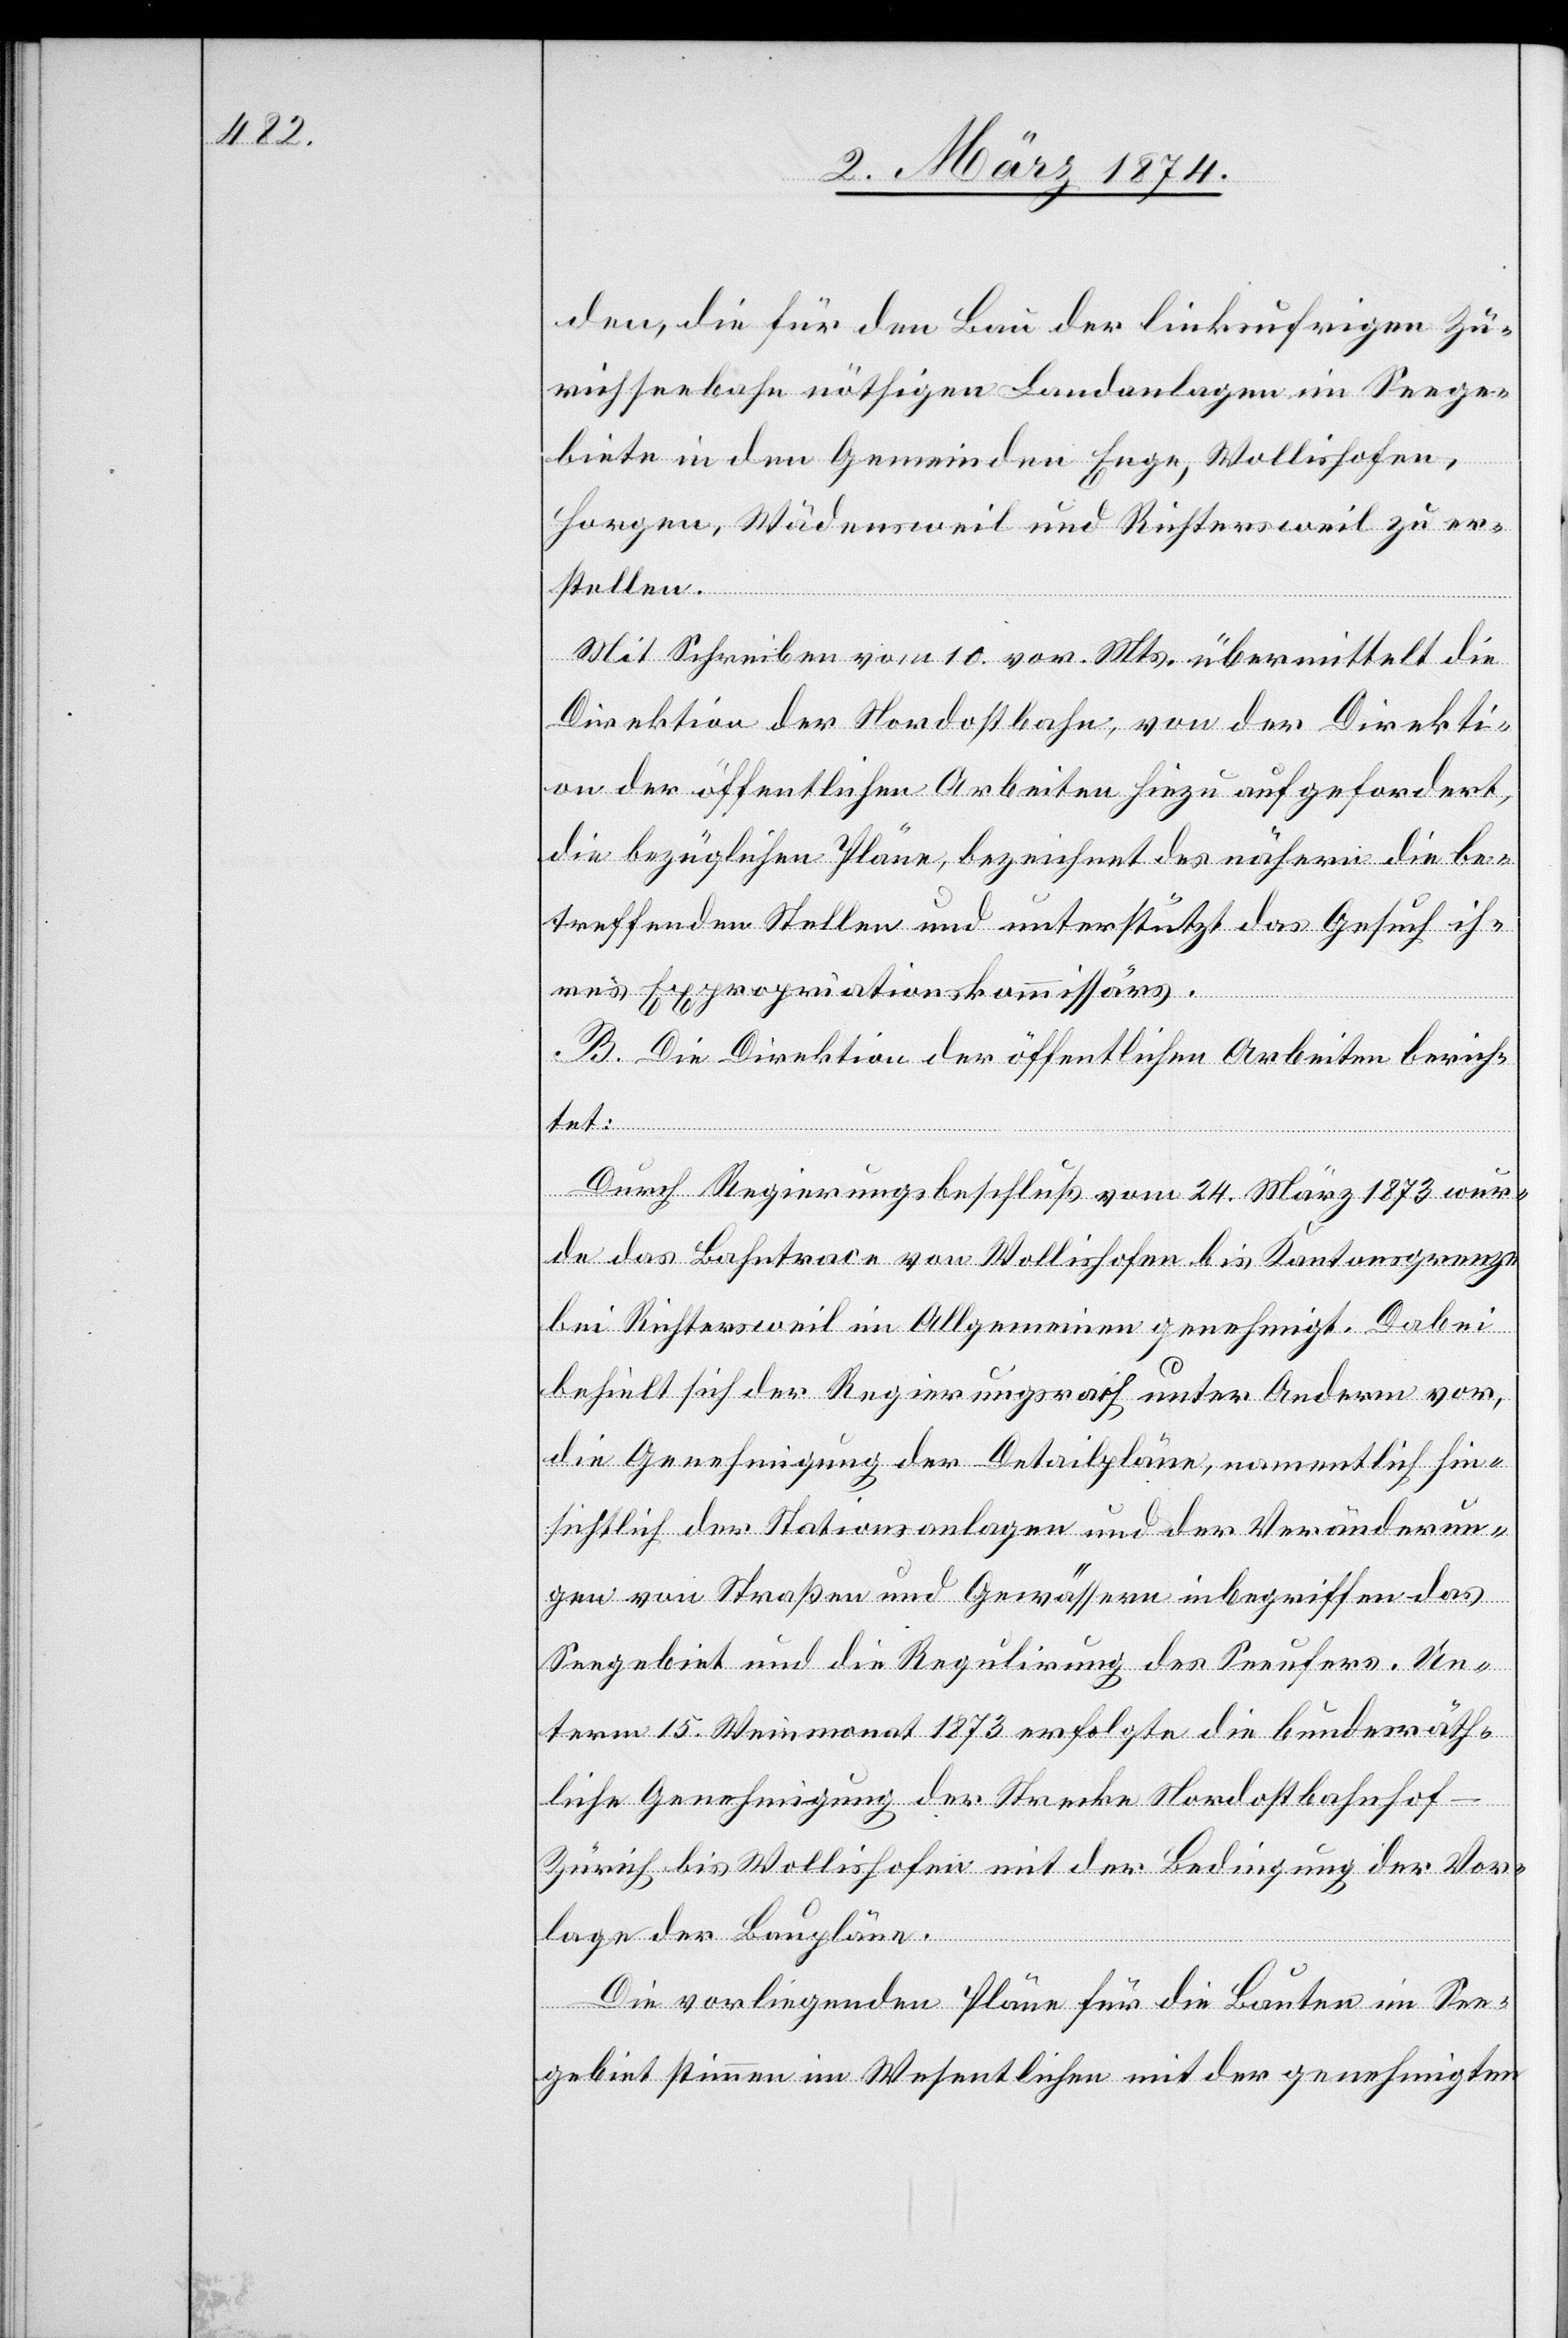
den, die für den Bau der linksufrigen Zü¬
richseebahn nöthigen Landanlagen im Seege¬
biete in den Gemeinden Enge, Wollishofen,
Horgen, Wädensweil und Richtersweil zu er¬
stellen.
Mit Schreiben vom 10. vor. Mts. übermittelt die
Direktion der Nordostbahn, von der Direkti¬
on der öffentlichen Arbeiten hiezu aufgefordert,
die bezüglichen Pläne, bezeichnet des nähern die be¬
treffenden Stellen und unterstützt das Gesuch ih¬
res Expropriationskommissärs.
B. Die Direktion der öffentlichen Arbeiten berich¬
tet:
Durch Regierungsbeschluß vom 24. März 1873 wur¬
de das Bahntrace von Wollishofen bis Kantonsgrenze
bei Richtersweil im Allgemeinen genehmigt. Dabei
behielt sich der Regierungsrath unter Anderm vor,
die Genehmigung der Detailpläne, namentlich hin¬
sichtlich der Stationsanlagen und der Veränderun¬
gen von Straßen und Gewässern inbegriffen das
Seegebiet und die Regulirung des Seeufers. Un¬
term 15. Weinmonat 1873 erfolgte die bundesräth¬
liche Genehmigung der Strecke Nordostbahnho¬
f-Zürich bis Wollishofen mit der Bedingung der Vor¬
lage der Baupläne.
Die vorliegenden Pläne für die Bauten im See¬
gebiet stimmen im Wesentlichen mit der genehmigten